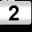
Digit: 2